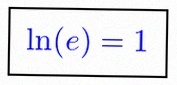
\ln(e)=1